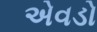
એવડો